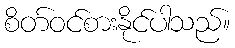
စိတ်ဝင်စားနိုင်ပါသည်။